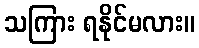
သကြား ရနိုင်မလား။